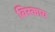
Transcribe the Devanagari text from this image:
बिस्काय